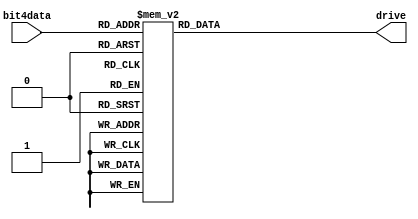
module bit4Tube(
    input [3:0] bit4data,
    output reg [7:0] drive
);
    always@(*) begin
        case(bit4data)

            4'd0: begin
                drive[0] <= 0;
                drive[1] <= 0;
                drive[2] <= 0;
                drive[3] <= 0;
                drive[4] <= 0;
                drive[5] <= 0;
                drive[6] <= 1;
                drive[7] <= 1;
            end

            4'd1:begin
                drive[0] <= 1;
                drive[1] <= 1;
                drive[2] <= 1;
                drive[3] <= 1;
                drive[4] <= 0;
                drive[5] <= 0;
                drive[6] <= 1;
                drive[7] <= 1;                
            end

            4'd2:begin
                drive[0] <= 0;
                drive[1] <= 0;
                drive[2] <= 1;
                drive[3] <= 0;
                drive[4] <= 0;
                drive[5] <= 1;
                drive[6] <= 0;
                drive[7] <= 1;                
            end

            4'd3:begin
                drive[0] <= 0;
                drive[1] <= 0;
                drive[2] <= 0;
                drive[3] <= 0;
                drive[4] <= 1;
                drive[5] <= 1;
                drive[6] <= 0;
                drive[7] <= 1;            
            end

            4'd4:begin
                drive[0] <= 1;
                drive[1] <= 0;
                drive[2] <= 0;
                drive[3] <= 1;
                drive[4] <= 1;
                drive[5] <= 0;
                drive[6] <= 0;
                drive[7] <= 1;                
            end

            4'd5:begin
                drive[0] <= 0;
                drive[1] <= 1;
                drive[2] <= 0;
                drive[3] <= 0;
                drive[4] <= 1;
                drive[5] <= 0;
                drive[6] <= 0;
                drive[7] <= 1;                
            end

            4'd6:begin
                drive[0] <= 0;
                drive[1] <= 1;
                drive[2] <= 0;
                drive[3] <= 0;
                drive[4] <= 0;
                drive[5] <= 0;
                drive[6] <= 0;
                drive[7] <= 1;                
            end

            4'd7:begin
                drive[0] <= 0;
                drive[1] <= 0;
                drive[2] <= 0;
                drive[3] <= 1;
                drive[4] <= 1;
                drive[5] <= 1;
                drive[6] <= 1;
                drive[7] <= 1;                
            end

            4'd8:begin
                drive[0] <= 0;
                drive[1] <= 0;
                drive[2] <= 0;
                drive[3] <= 0;
                drive[4] <= 0;
                drive[5] <= 0;
                drive[6] <= 0;
                drive[7] <= 1;                
            end

            4'd9:begin
                drive[0] <= 0;
                drive[1] <= 0;
                drive[2] <= 0;
                drive[3] <= 1;
                drive[4] <= 1;
                drive[5] <= 0;
                drive[6] <= 0;
                drive[7] <= 1;                
            end

            4'd10:begin
                drive[0] <= 0;
                drive[1] <= 0;
                drive[2] <= 0;
                drive[3] <= 1;
                drive[4] <= 0;
                drive[5] <= 0;
                drive[6] <= 0;
                drive[7] <= 1;                
            end

            4'd11:begin
                drive[0] <= 1;
                drive[1] <= 1;
                drive[2] <= 0;
                drive[3] <= 0;
                drive[4] <= 0;
                drive[5] <= 0;
                drive[6] <= 0;
                drive[7] <= 1;                 
            end

            4'd12:begin
                drive[0] <= 0;
                drive[1] <= 1;
                drive[2] <= 1;
                drive[3] <= 0;
                drive[4] <= 0;
                drive[5] <= 0;
                drive[6] <= 1;
                drive[7] <= 1;                 
            end

            4'd13:begin
                drive[0] <= 1;
                drive[1] <= 0;
                drive[2] <= 0;
                drive[3] <= 0;
                drive[4] <= 0;
                drive[5] <= 1;
                drive[6] <= 0;
                drive[7] <= 1;                 
            end

            4'd14:begin
                drive[0] <= 0;
                drive[1] <= 1;
                drive[2] <= 1;
                drive[3] <= 1;
                drive[4] <= 0;
                drive[5] <= 0;
                drive[6] <= 0;
                drive[7] <= 1;                 
            end

            4'd15:begin
                drive[0] <= 0;
                drive[1] <= 1;
                drive[2] <= 1;
                drive[3] <= 1;
                drive[4] <= 0;
                drive[5] <= 0;
                drive[6] <= 0;
                drive[7] <= 1;                 
            end
        endcase

    end


endmodule // bit4Tube


module NixieTube(
    input [15:0] data,
    output [31:0]bit16drive
);

    bit4Tube tl1(data[15:12], bit16drive[7:0]);
    bit4Tube tl2(data[11:8], bit16drive[15:8]);
    bit4Tube tl3(data[7:4], bit16drive[23:16]);
    bit4Tube tl4(data[3:0], bit16drive[31:24]);


endmodule // NixieTube